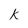
Character: k